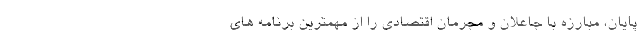
پایان، مبارزه با جاعلان و مجرمان اقتصادی را از مهمترین برنامه های